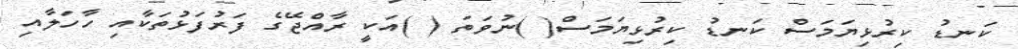
ކަނޑު ކިރުޅިޔަމަސް ކަނޑު ކިރުޅިޔަމަސް( )ނުވަތަ ( )އަކީ ރާއްޖޭގެ ފަރުފަޅުތަކާއި ހާހަލާއި